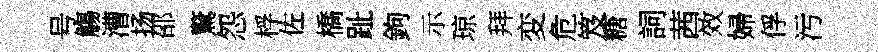
号觴漕扬邵驚怨桴佐橋趾鉤示琼拜変危笈糖詞茜效婦俘污